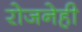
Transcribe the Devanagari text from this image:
रोजनेही